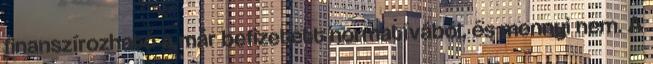
finanszírozható a már befizetett normatívából, és mennyi nem. A